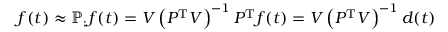
\b { f } ( t ) \approx \mathbb { P } _ { : } \b { f } ( t ) = \b { V } \left( \b { P } ^ { \mathrm { T } } \b { V } \right) ^ { - 1 } \b { P } ^ { \mathrm { T } } \b { f } ( t ) = \b { V } \left( \b { P } ^ { \mathrm { T } } \b { V } \right) ^ { - 1 } \b { d } ( t )